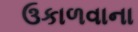
ઉકાળવાના